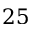
2 5